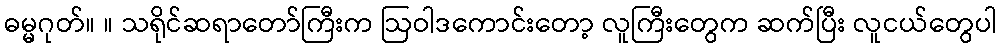
ဓမ္မဂုတ်။ ။ သရိုင်ဆရာတော်ကြီးက ဩဝါဒကောင်းတော့ လူကြီးတွေက ဆက်ပြီး လူငယ်တွေပါ